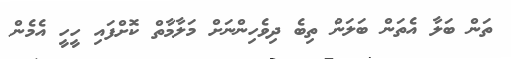
ތަން ބަލާ އެތަން ބަލަން ތިބެ ދިވެހިންނަށް މަލާމާތް ކޮށްފައި ހީހީ އެމެން